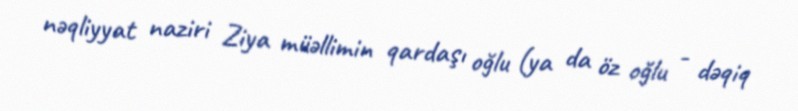
nəqliyyat naziri Ziya müəllimin qardaşı oğlu (ya da öz oğlu - dəqiq